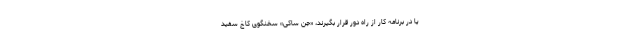
یا در برنامه کار از راه دور قرار بگیرند، «جن ساکی» سخنگوی کاخ سفید